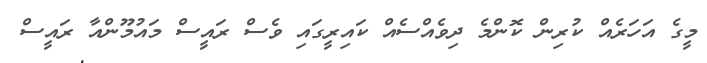
މީގެ އަހަރެއް ކުރިން ކޮންމެ ދިވެއްސެއް ކައިރީގައި ވެސް ރައީސް މައުމޫންއާ ރައީސް